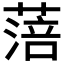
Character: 𦹃